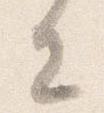
去